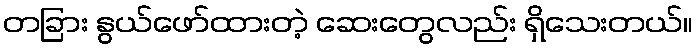
တခြား နွယ်ဖော်ထားတဲ့ ဆေးတွေလည်း ရှိသေးတယ်။